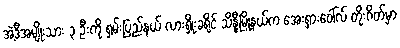
အဲ့ဒီအမျိုးသား ၃ ဦးကို ရှမ်းပြည်နယ် လားရှိုးခရိုင် သိန္နီမြို့နယ်က အေးရှားဝေါ်လ် တိုးဂိတ်မှာ